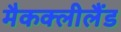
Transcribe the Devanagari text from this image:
मैकक्लीलैंड